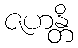
ဇဟန္တိ